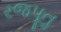
રજપૂતૢ